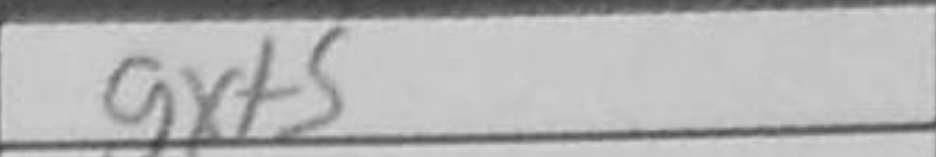
Transcription: gxf5